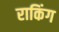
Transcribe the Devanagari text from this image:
राकिंग